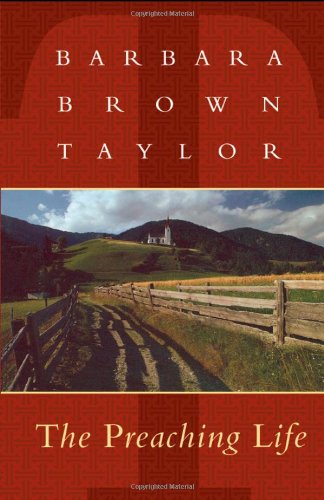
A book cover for The Preaching Life (Dan Josselyn Memorial Publication); Barbara Taylor; Christian Books & Bibles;